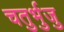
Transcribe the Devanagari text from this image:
चतुर्भुजु